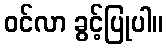
ဝင်လာ ခွင့်ပြုပါ။